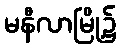
မနီလာမြို့၌